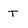
Character: T